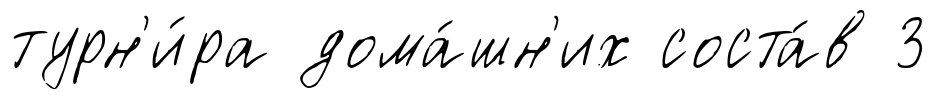
турн'и́ра дома́шн'их соста́в 3